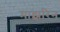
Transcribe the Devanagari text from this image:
माझरिन